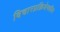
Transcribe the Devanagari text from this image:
विचारप्रक्रियेमधील